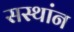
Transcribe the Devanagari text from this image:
सस्थांन